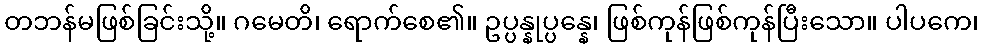
တဘန်မဖြစ်ခြင်းသို့။ ဂမေတိ၊ ရောက်စေ၏။ ဥပ္ပန္နုပ္ပန္နေ၊ ဖြစ်ကုန်ဖြစ်ကုန်ပြီးသော။ ပါပကေ၊